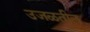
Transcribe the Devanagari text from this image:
उजळतील